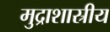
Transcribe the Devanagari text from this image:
मुद्राशास्रीय